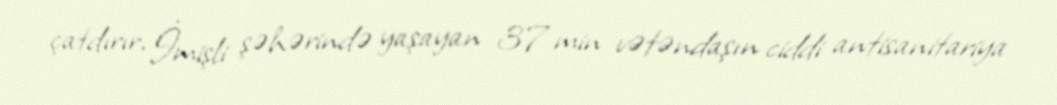
çatdırır, İmişli şəhərində yaşayan 37 min vətəndaşın ciddi antisanitariya